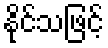
နိုင်သဖြင့်